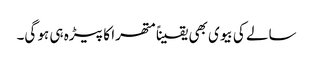
سالے کی بیوی بھی یقیناً متھرا کا پیڑہ ہی ہو گی۔